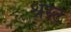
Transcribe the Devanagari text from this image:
श्रेस्ट